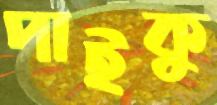
পাইকু